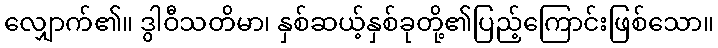
လျှောက်၏။ ဒွါဝီသတိမာ၊ နှစ်ဆယ့်နှစ်ခုတို့၏ပြည့်ကြောင်းဖြစ်သော။